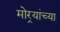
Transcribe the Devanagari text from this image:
मोर्‍यांच्या